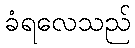
ခံရလေသည်